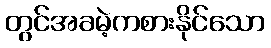
တွင်အခမဲ့ကစားနိုင်သော